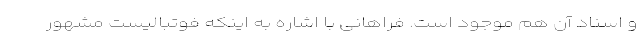
و اسناد آن هم موجود است. فراهانی با اشاره به اینکه فوتبالیست مشهور